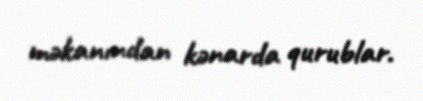
məkanından kənarda qurublar.